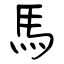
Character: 馬